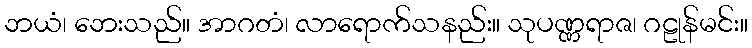
ဘယံ၊ ဘေးသည်။ အာဂတံ၊ လာရောက်သနည်း။ သုပဏ္ဏရာဇ၊ ဂဠုန်မင်း။